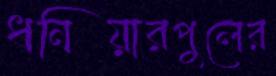
ধনিয়ারপুলের